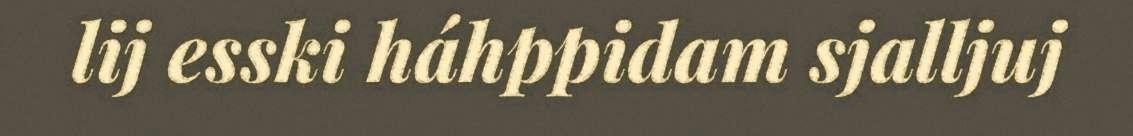
lij esski háhppidam sjalljuj